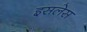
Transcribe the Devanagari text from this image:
इसलेस